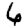
Digit: 6